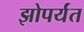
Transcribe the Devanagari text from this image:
झोपर्यंत